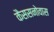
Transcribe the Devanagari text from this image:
कैससनोवास